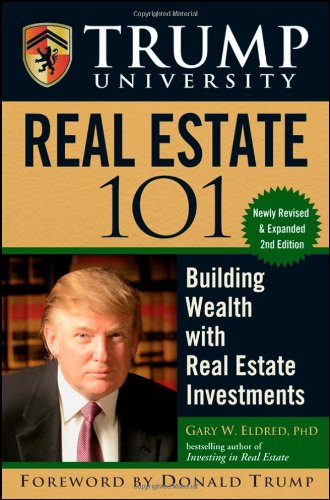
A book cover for Trump University Real Estate 101: Building Wealth With Real Estate Investments; Gary W. Eldred; Business & Money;